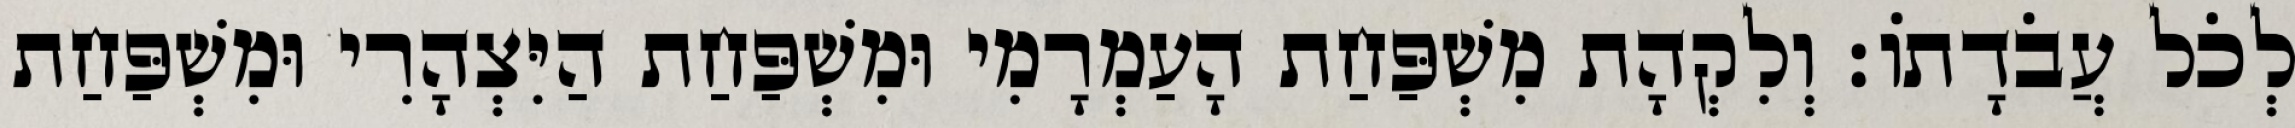
לְכֹל עֲבֹדָתוֹ׃ וְלִקְהָת מִשְׁפַּחַת הָעַמְרָמִי וּמִשְׁפַּחַת הַיִּצְהָרִי וּמִשְׁפַּחַת